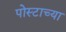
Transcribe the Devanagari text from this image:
पोस्टाच्या